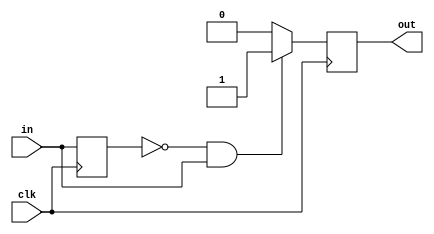
module SinglePulser(output out, input in, clk);
    reg out = 0;
    reg state = 0;
    
    // output
    always @(posedge clk) begin
        if (state == 0 && in == 1) out = 1;
        else out = 0;
    end
    
    // change state
    always @(posedge clk) begin
        state = in;
    end
    
endmodule